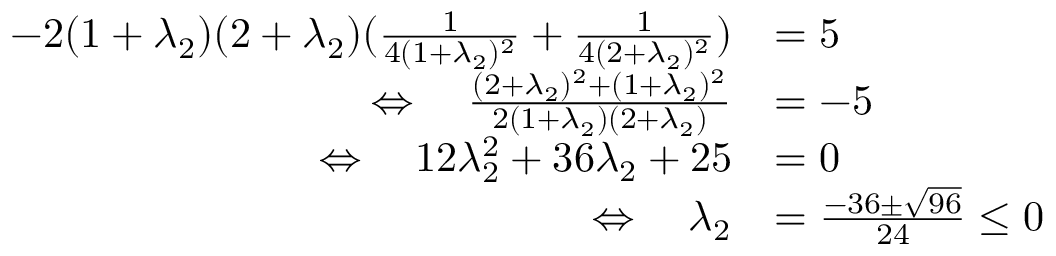
\begin{array} { r l } { - 2 ( 1 + \lambda _ { 2 } ) ( 2 + \lambda _ { 2 } ) ( \frac { 1 } { 4 ( 1 + \lambda _ { 2 } ) ^ { 2 } } + \frac { 1 } { 4 ( 2 + \lambda _ { 2 } ) ^ { 2 } } ) } & { = 5 } \\ { \Leftrightarrow ~ ~ ~ \frac { ( 2 + \lambda _ { 2 } ) ^ { 2 } + ( 1 + \lambda _ { 2 } ) ^ { 2 } } { 2 ( 1 + \lambda _ { 2 } ) ( 2 + \lambda _ { 2 } ) } } & { = - 5 } \\ { \Leftrightarrow ~ ~ ~ 1 2 \lambda _ { 2 } ^ { 2 } + 3 6 \lambda _ { 2 } + 2 5 } & { = 0 } \\ { \Leftrightarrow ~ ~ ~ \lambda _ { 2 } } & { = \frac { - 3 6 \pm \sqrt { 9 6 } } { 2 4 } \leq 0 } \end{array}